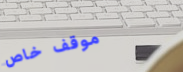
موقف خاص